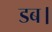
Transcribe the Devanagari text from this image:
डब।